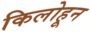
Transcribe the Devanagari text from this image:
किलोहून